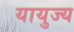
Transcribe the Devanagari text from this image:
यायुज्य